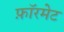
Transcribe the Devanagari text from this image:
फ़ॉरमेट